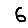
Digit: 6